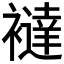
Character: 𧞅